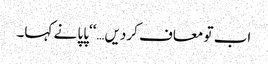
اب تو معاف کردیں…‘‘پاپا نے کہا۔